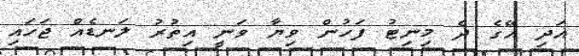
އަދި އޭގެ ދެ މިނިޓު ފަހުން ވިޔާ ވަނީ އިތުރު ލަނޑެއް ޖަހައި